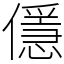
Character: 㒚